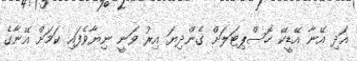
އަދި އޭނާ އޭޑީކޭ ހޮސްޕިޓަލަށް ގެންދިޔަ އިރު ވަނީ ނިޔާވެފައި ކަމަށް އޭނާގެ